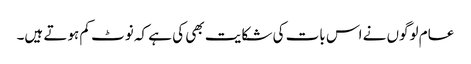
عام لوگوں نے اس بات کی شکایت بھی کی ہے کہ نوٹ کم ہوتے ہیں۔